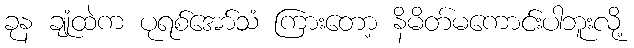
ခုန ချုံထဲက ပုရစ်အော်သံ ကြားတော့ နိမိတ်မကောင်းပါဘူးလို့